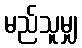
မည်သူမျှ